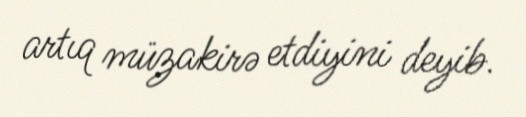
artıq müzakirə etdiyini deyib.